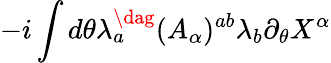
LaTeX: -i\int d\theta\lambda_{a}^{\dag}(A_{\alpha})^{ab}\lambda_{b}\partial_{\theta}X^{\alpha}